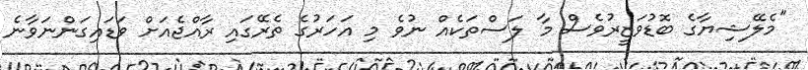
"މެލޭޝިޔާގެ ބޮޑުވަޒީރުވެސް މާ ލަސްތަކެއް ނުވެ މި އަހަރުގެ ތެރޭގައި ރާއްޖެއަށް ވަޑައިގަންނަވާނެ